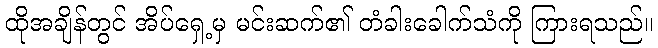
ထိုအချိန်တွင် အိပ်ရှေ့မှ မင်းဆက်၏ တံခါးခေါက်သံကို ကြားရသည်။